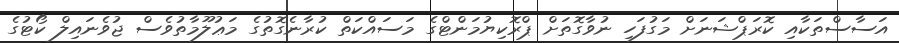
އަސާސްތަކާއި ކޮރަޕްޝަނަށް މަގުފަހި ނުވާގޮތަށް ޕްރޮކިޔުމަންޓްގެ މަސައްކަތް ކުރާނެގޮތުގެ މަޢުލޫމާތުވެސް ޖުވެނައިލް ކޯޓުގެ